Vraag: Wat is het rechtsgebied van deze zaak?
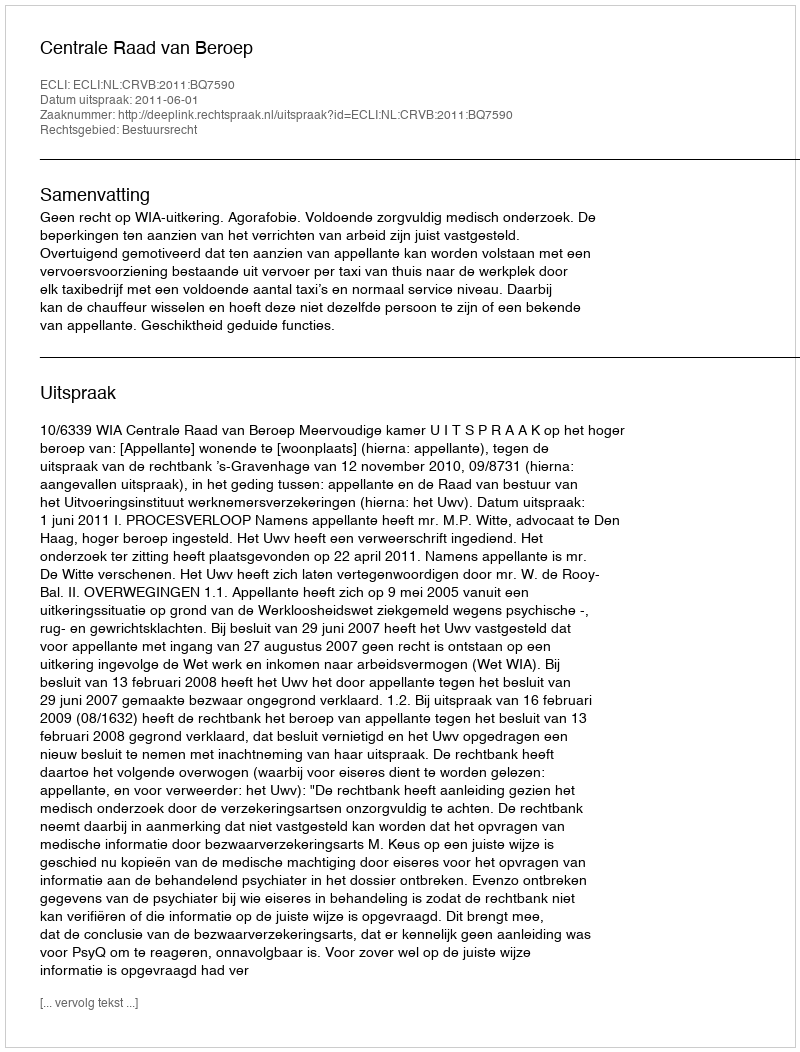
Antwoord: Bestuursrecht